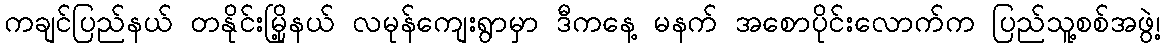
ကချင်ပြည်နယ် တနိုင်းမြို့နယ် လမုန်ကျေးရွာမှာ ဒီကနေ့ မနက် အစောပိုင်းလောက်က ပြည်သူ့စစ်အဖွဲ့၊